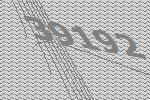
39192